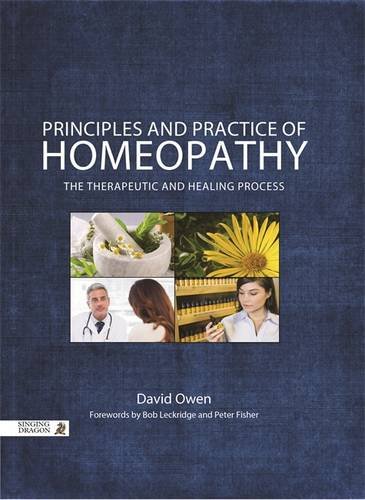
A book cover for Principles and Practice of Homeopathy: The Therapeutic and Healing Process; David Owen; Health, Fitness & Dieting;